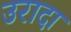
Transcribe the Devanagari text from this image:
उरादा